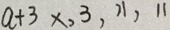
a + 3 \times , 3 , 1 1 , 1 1